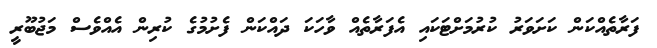
ފަރާތެއްކަން ކަށަވަރު ކުރުމަށްޓަކައި އެފަރާތެއް ވާހަކަ ދައްކަން ފެށުމުގެ ކުރިން އެއްވެސް މަޖުބޫރީ